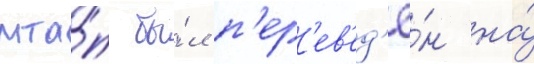
мта́п бы́л п'ер'ев'ед'ё́н на́